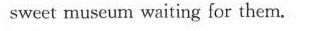
sweet museum waiting for them.